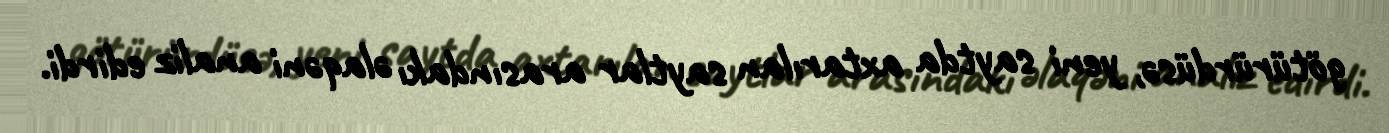
götürürdüsə, yeni saytda axtarılan saytlar arasındakı əlaqəni analiz edirdi.